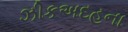
ઝીકઅદહના